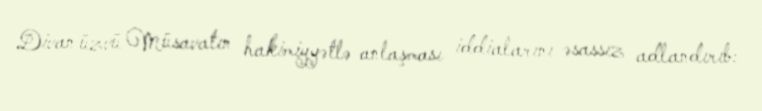
Divan üzvü Müsavatın hakimiyyətlə anlaşması iddialarını əsassız adlandırıb: